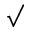
\surd